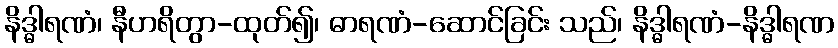
နိဒ္ဓါရဏံ၊ နီဟရိတွာ-ထုတ်၍၊ ဓာရဏံ-ဆောင်ခြင်း သည်၊ နိဒ္ဓါရဏံ-နိဒ္ဓါရဏ